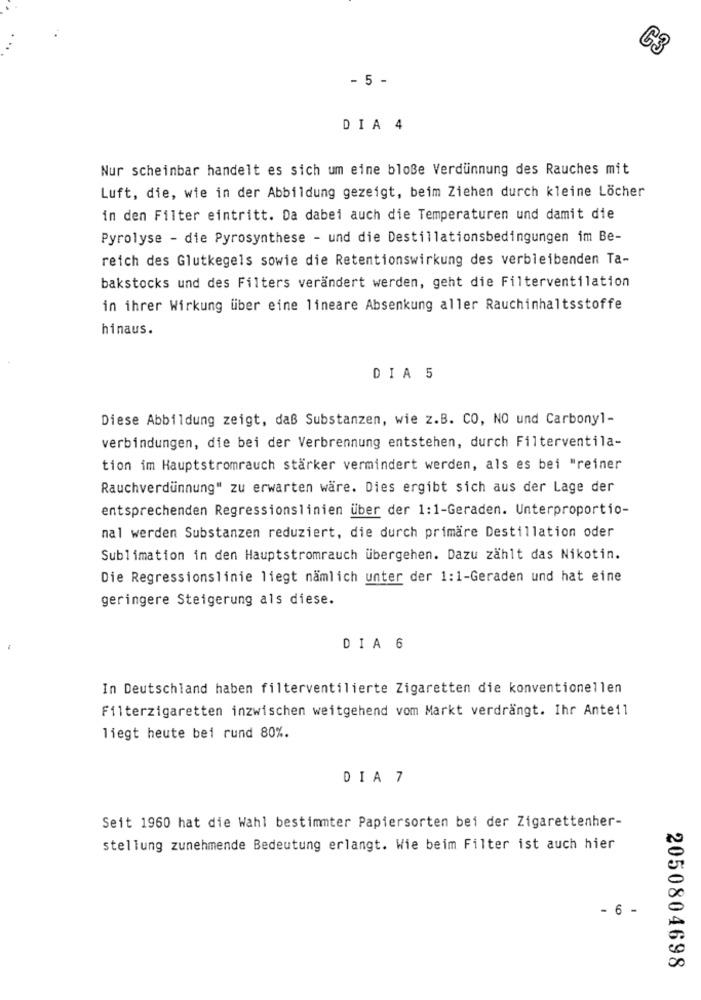
C3
- 5 -
DIA 4
Nur scheinbar handelt es sich um eine bloße Verdünnung des Rauches mit
Luft, die, wie in der Abbildung gezeigt, beim Ziehen durch kleine Löcher
in den Filter eintritt. Da dabei auch die Temperaturen und damit die
Pyrolyse - die Pyrosynthese - und die Destillationsbedingungen im Be-
reich des Glutkegels sowie die Retentionswirkung des verbleibenden Ta-
bakstocks und des Filters verändert werden, geht die Filterventilation
in ihrer Wirkung über eine lineare Absenkung aller Rauchinhaltsstoffe
hinaus.
DIA 5
Diese Abbildung zeigt, daß Substanzen, wie z.B. CO, NO und Carbonyl-
verbindungen, die bei der Verbrennung entstehen, durch Filterventila-
tion im Hauptstromrauch stärker vermindert werden, als es bei "reiner
Rauchverdünnung" zu erwarten wäre. Dies ergibt sich aus der Lage der
entsprechenden Regressionslinien über der 1:1-Geraden. Unterproportio-
nal werden Substanzen reduziert, die durch primäre Destillation oder
Sublimation in den Hauptstromrauch übergehen. Dazu zählt das Nikotin.
Die Regressionslinie liegt nämlich unter der 1:1-Geraden und hat eine
geringere Steigerung als diese.
DIA 6
In Deutschland haben filterventilierte Zigaretten die konventionellen
Filterzigaretten inzwischen weitgehend vom Markt verdrängt. Ihr Anteil
liegt heute bei rund 80%.
DIA 7
Seit 1960 hat die Wahl bestimmter Papiersorten bei der Zigarettenher-
stellung zunehmende Bedeutung erlangt. Wie beim Filter ist auch hier
- 6 -
2050804698